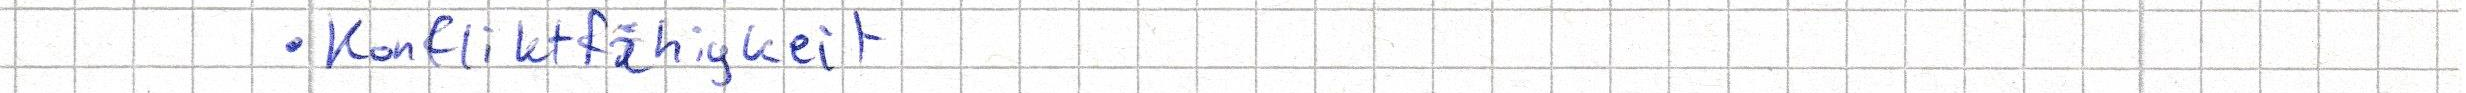
- Konfliktfähigkeit